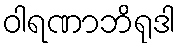
ဝါရဏာဘိရုဒါ